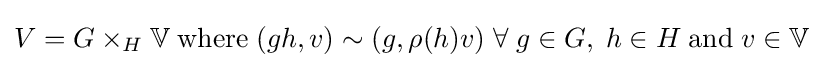
V=G\times _{H}\mathbb {V} \;{\text{where}}\;(gh,v)\sim (g,\rho (h)v)\;\forall \;g\in G,\;h\in H\;{\text{and}}\;v\in \mathbb {V}